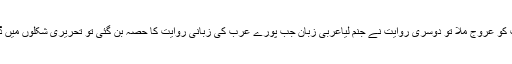
ایک روایت کو عروج ملا تو دوسری روایت نے جنم لیاعربی زبان جب پورے عرب کی زبانی روایت کا حصہ بن گئی تو تحریری شکلوں میں ڈھلنے لگی۔